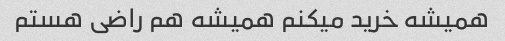
همیشه خرید میکنم همیشه هم راضی هستم